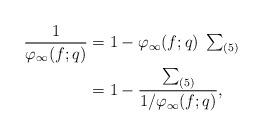
LaTeX: \begin{align*}\frac{1}{\varphi_{\infty}(f;q)} &= 1 - \varphi_{\infty}(f;q)\begin{array}{c}\sum_{(5)}\end{array} \\&= 1 - \frac{\sum_{(5)}}{1/\varphi_{\infty}(f;q)},\end{align*}